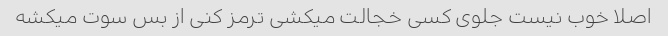
اصلا خوب نیست جلوی کسی خجالت میکشی ترمز کنی از بس سوت میکشه